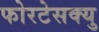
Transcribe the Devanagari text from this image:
फोरटेसक्यु